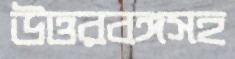
উত্তরবঙ্গসহ